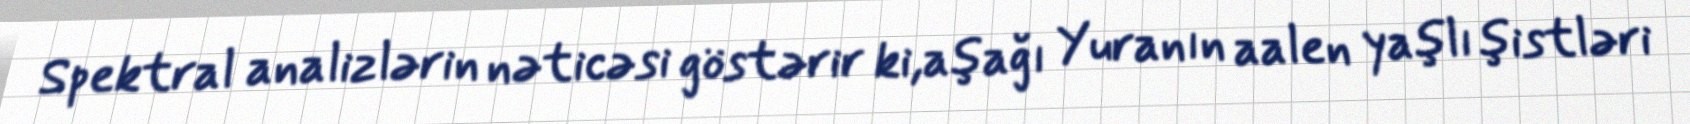
Spektral analizlərin nəticəsi göstərir ki,aşağı Yuranın aalen yaşlı şistləri